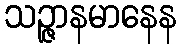
သဉ္ဇာနမာနေန